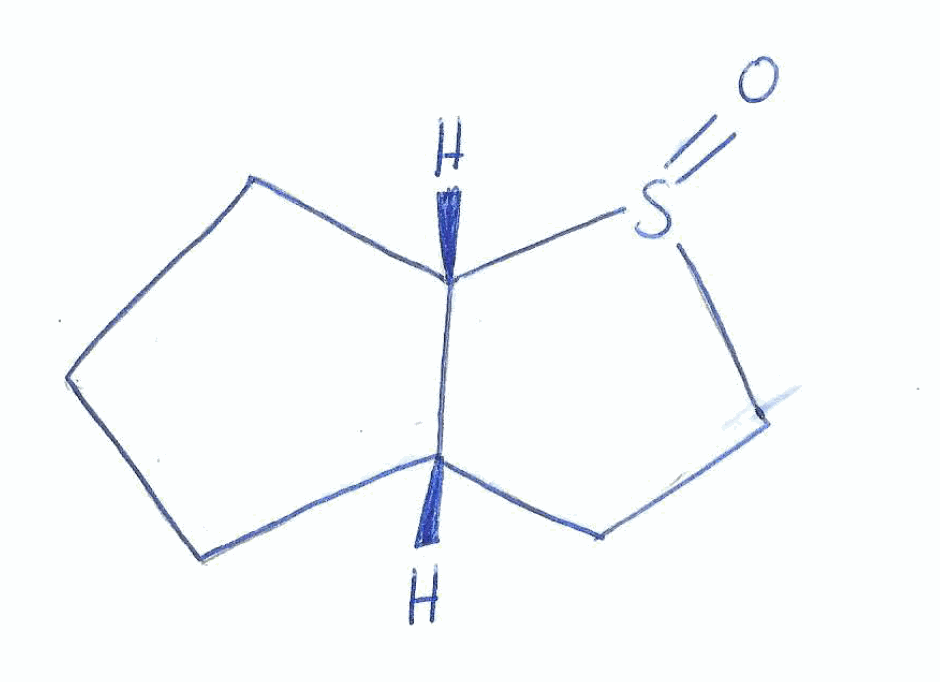
Simplified molecular-input line-entry system (SMILES) notation of the given molecule:
C1C[C@H]2CCS(=O)[C@H]2C1